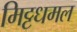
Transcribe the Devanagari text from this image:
मिट्टधमल